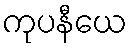
ကုပနီယေ